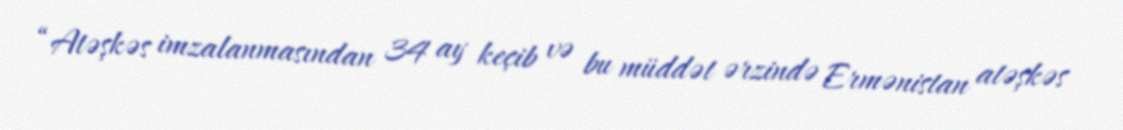
“Atəşkəs imzalanmasından 34 ay keçib və bu müddət ərzində Ermənistan atəşkəs